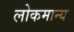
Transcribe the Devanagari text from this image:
लोकमान्‍य